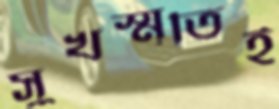
সুখস্মৃতিই